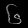
Digit: ၆